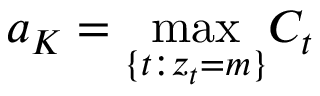
a _ { K } = \underset { \{ t : z _ { t } = m \} } { \operatorname* { m a x } } C _ { t }